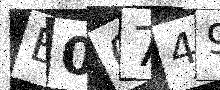
Text: B00749